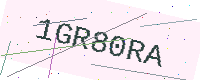
Text: 1GR80RA